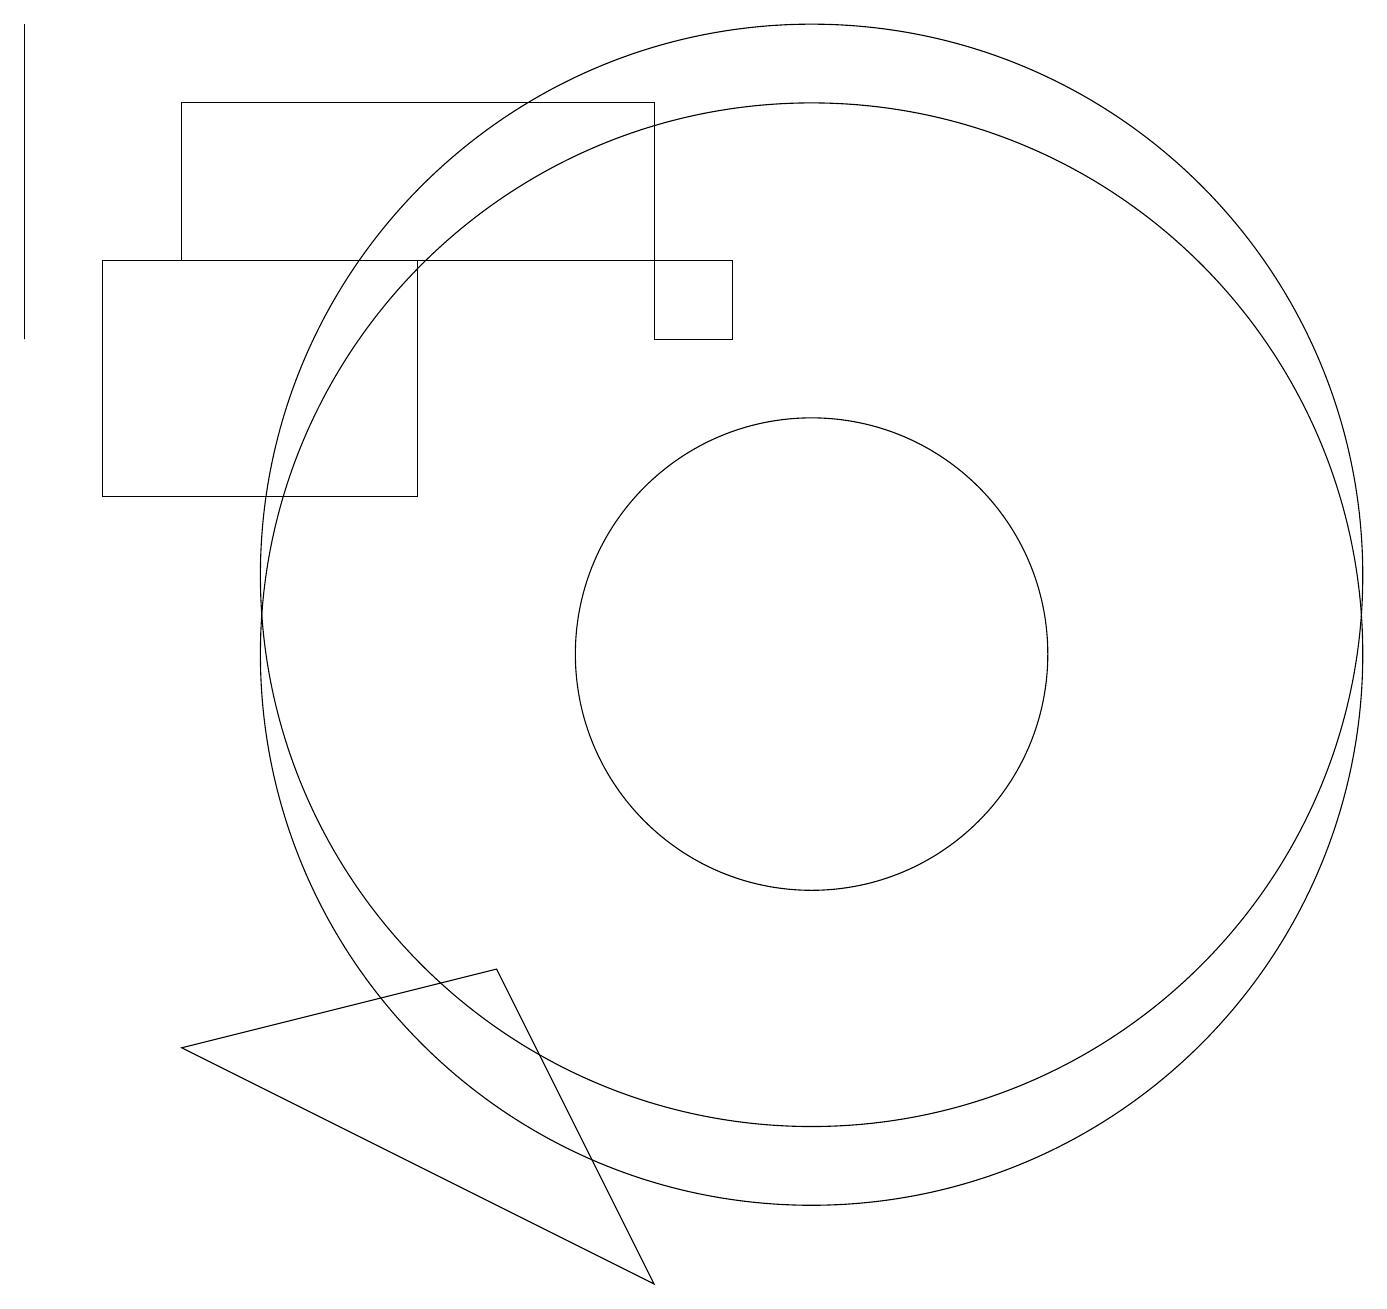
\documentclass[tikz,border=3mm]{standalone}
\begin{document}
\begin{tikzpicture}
\draw (9,15) rectangle (8,14);
\draw (0,14) rectangle (0,18);
\draw (10,11) circle (7);
\draw (5,12) rectangle (1,15);
\draw (10,10) circle (7);
\draw (2,5) -- (8,2) -- (6,6) -- cycle;
\draw (10,10) circle (3);
\draw (2,15) rectangle (8,17);
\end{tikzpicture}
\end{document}